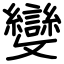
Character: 變